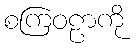
စကြဝဠာကို